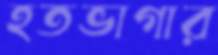
হতভাগার